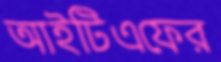
আইটিএফের